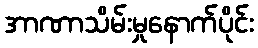
အာဏာသိမ်းမှုနောက်ပိုင်း